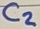
Text: C2